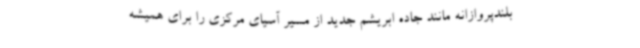
بلندپروازانه مانند جاده ابریشم جدید از مسیر آسیای مرکزی را برای همیشه